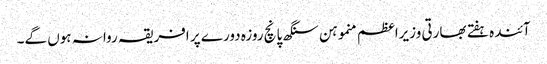
آئندہ ہفتے بھارتی وزیراعظم منموہن سنگھ پانچ روزہ دورے پر افریقہ روانہ ہوں گے۔